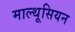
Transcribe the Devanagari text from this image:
माल्थूसियन